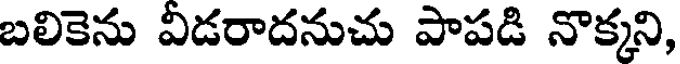
బలికెను విడరాదనుచు పాపడి నొక్కని,